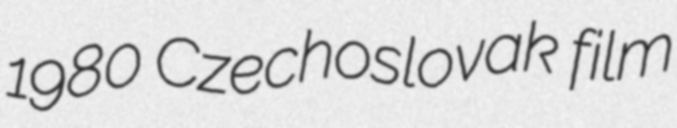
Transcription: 1980 Czechoslovak film